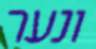
ונער